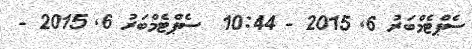
ސެޕްޓެމްބަރު 6